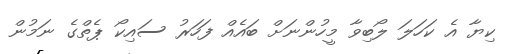
ކިޔާ އެ ކަހަލަ ލޯބިވާ މީހުންނަށް ބައެއް ފަހަރު ސައިކޯ ޕެތްގެ ނަމުން